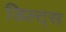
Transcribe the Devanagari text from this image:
डिल्ट्स